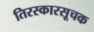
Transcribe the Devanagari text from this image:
तिरस्कारसूचक